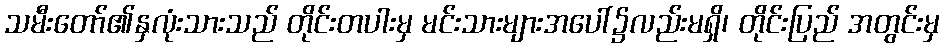
သမီးတော်၏နှလုံးသားသည် တိုင်းတပါးမှ မင်းသားများအပေါ်၌လည်းမရှိ၊ တိုင်းပြည် အတွင်းမှ